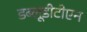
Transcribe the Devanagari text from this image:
डब्लूडीटीएन